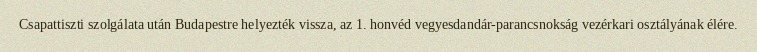
Csapattiszti szolgálata után Budapestre helyezték vissza, az 1. honvéd vegyesdandár-parancsnokság vezérkari osztályának élére.